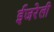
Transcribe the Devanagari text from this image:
ईजरेली